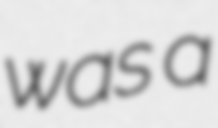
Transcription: was a